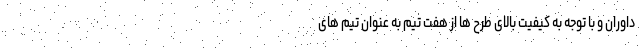
داوران و با توجه به کیفیت بالای طرح ها از هفت تیم به عنوان تیم های